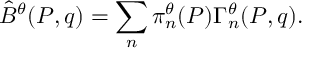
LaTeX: \hat { \cal B } ^ { \theta } ( P , q ) = \sum _ { n } \pi _ { n } ^ { \theta } ( P ) \Gamma _ { n } ^ { \theta } ( P , q ) .